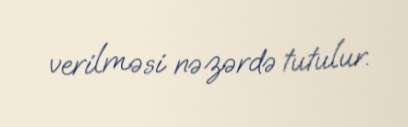
verilməsi nəzərdə tutulur.